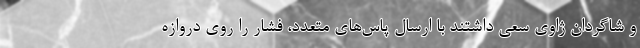
و شاگردان ژاوی سعی داشتند با ارسال پاس‌های متعدد، فشار را روی‌ دروازه